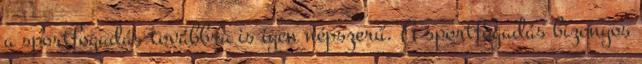
a sportfogadás továbbra is igen népszerű. A sportfogadás bizonyos